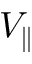
V _ { \parallel }